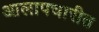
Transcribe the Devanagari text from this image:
आलापचारीत